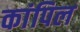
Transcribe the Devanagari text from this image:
कांपिल